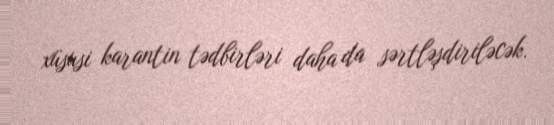
xüsusi karantin tədbirləri daha da sərtləşdiriləcək.